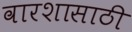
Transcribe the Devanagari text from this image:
वारशासाठी